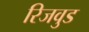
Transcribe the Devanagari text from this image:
रिजवुड